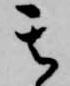
其